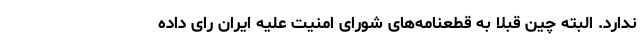
ندارد. البته چین قبلا به قطعنامه‌های شورای امنیت علیه ایران رای داده